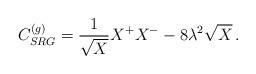
LaTeX: \begin{align*}C^{(g)}_{SRG}= \frac{1}{\sqrt{X}} X^+X^- - 8\lambda^2 \sqrt{X} \, .\end{align*}